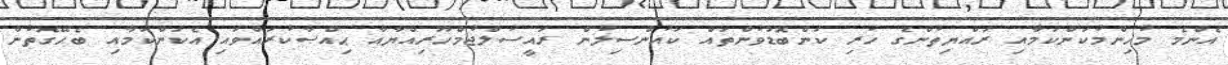
އެންމެ މުހިންމުކަންކަމާއި ރައްޔިތުންގެ ހުރި ކަންބޮޑުވުންތައް ކައުންސިލުން ރައީސުލްޖުމްހޫރިއްޔާއާ ޙިއްޞާކުރައްވައި އެކަންކަމާއި ބެހޭގޮތުން